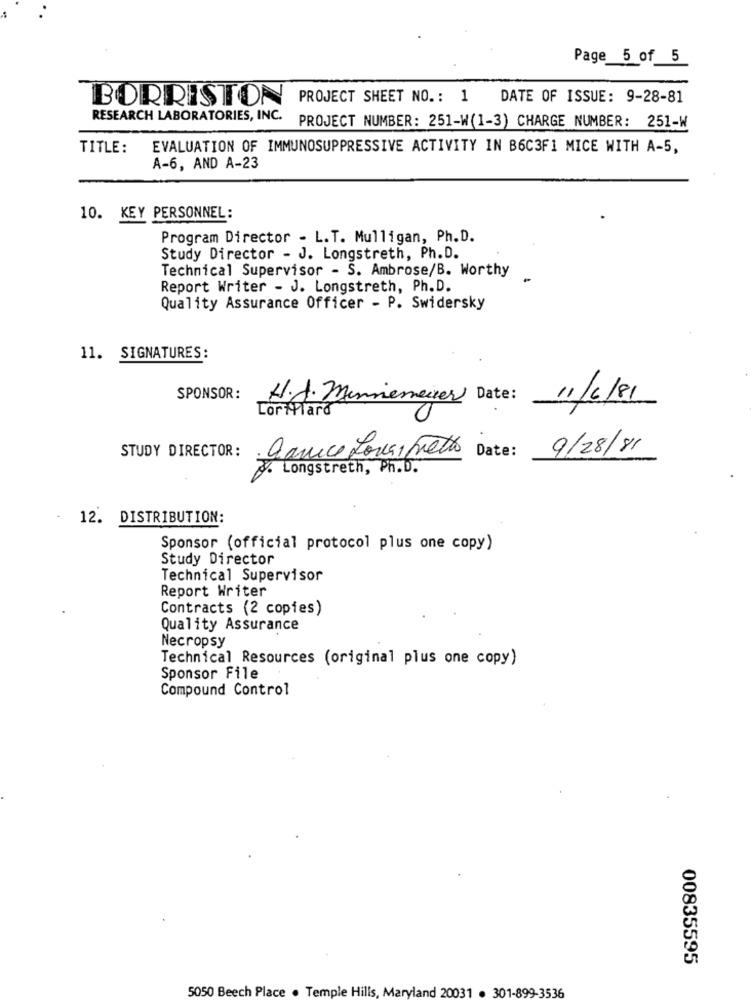
Page 5 of 5
BORRISTON
PROJECT SHEET NO .: 1 DATE OF ISSUE: 9-28-81
RESEARCH LABORATORIES, INC.
PROJECT NUMBER: 251-W(1-3) CHARGE NUMBER: 251-W
TITLE:
EVALUATION OF IMMUNOSUPPRESSIVE ACTIVITY IN B6C3F1 MICE WITH A-5,
A-6, AND A-23
10. KEY PERSONNEL:
Program Director - L.T. Mulligan, Ph.D.
Study Director - J. Longstreth, Ph.D.
Technical Supervisor - S. Ambrose/B. Worthy
Report Writer - J. Longstreth, Ph.D.
Quality Assurance Officer - P. Swidersky
11. SIGNATURES:
SPONSOR:
H. J. Minnemener Date:
11/6/81
LorMlara
STUDY DIRECTOR: Carico Lona, Fretto
Date:
9/28/81
. Longstreth, Ph.D.
12. DISTRIBUTION:
Sponsor (official protocol plus one copy)
Study Director
Technical Supervisor
Report Writer
Contracts (2 copies)
Quality Assurance
Necropsy
Technical Resources (original plus one copy)
Sponsor File
Compound Control
00835595
5050 Beech Place . Temple Hills, Maryland 20031 . 301-899-3536